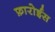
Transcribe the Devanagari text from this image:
फ़ारोईस